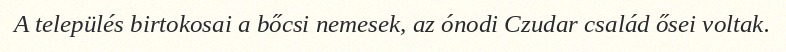
A település birtokosai a bőcsi nemesek, az ónodi Czudar család ősei voltak.